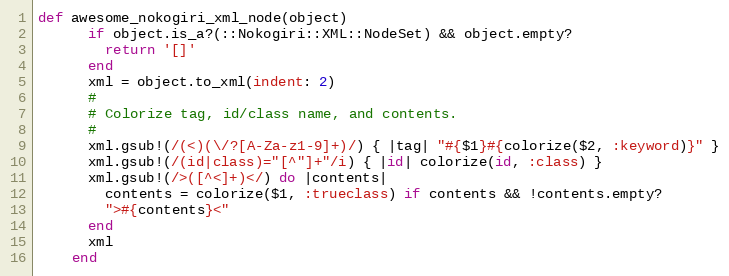
Language: Ruby
def awesome_nokogiri_xml_node(object)
      if object.is_a?(::Nokogiri::XML::NodeSet) && object.empty?
        return '[]'
      end
      xml = object.to_xml(indent: 2)
      #
      # Colorize tag, id/class name, and contents.
      #
      xml.gsub!(/(<)(\/?[A-Za-z1-9]+)/) { |tag| "#{$1}#{colorize($2, :keyword)}" }
      xml.gsub!(/(id|class)="[^"]+"/i) { |id| colorize(id, :class) }
      xml.gsub!(/>([^<]+)</) do |contents|
        contents = colorize($1, :trueclass) if contents && !contents.empty?
        ">#{contents}<"
      end
      xml
    end